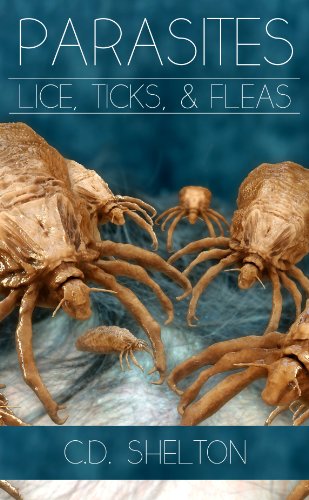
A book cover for Parasites: Lice, Ticks & Fleas; C.D. Shelton; Health, Fitness & Dieting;